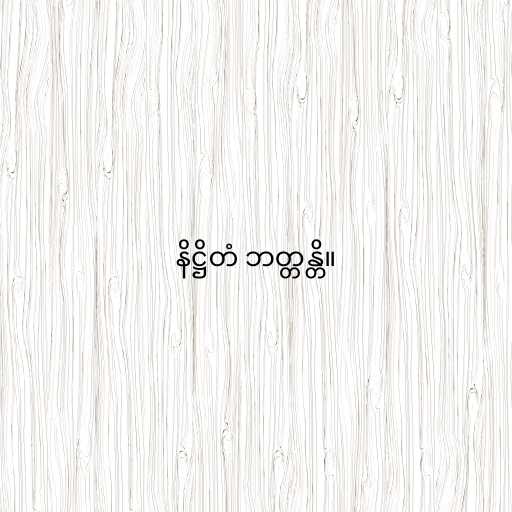
နိဋ္ဌိတံ ဘတ္တန္တိ။